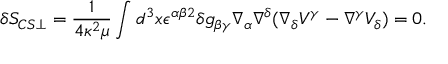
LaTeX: \delta S _ { C S \perp } = \frac { 1 } { 4 \kappa ^ { 2 } \mu } \int d ^ { 3 } x \epsilon ^ { \alpha \beta 2 } \delta g _ { \beta \gamma } \nabla _ { \alpha } \nabla ^ { \delta } ( \nabla _ { \delta } V ^ { \gamma } - \nabla ^ { \gamma } V _ { \delta } ) = 0 .